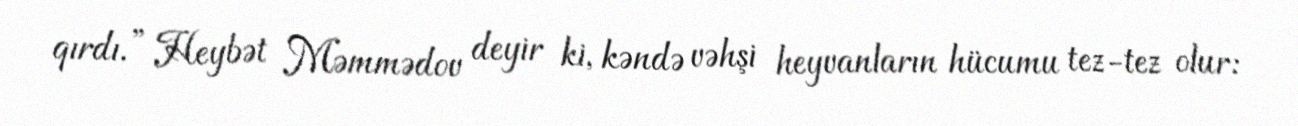
qırdı.” Heybət Məmmədov deyir ki, kəndə vəhşi heyvanların hücumu tez-tez olur: